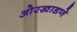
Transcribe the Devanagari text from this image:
ओरखाडणे